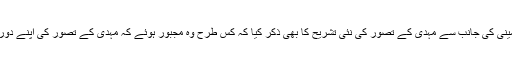
انہوں نے مولانا مودودی اور آیت اللہ خمینی کی جانب سے مہدی کے تصور کی نئی تشریح کا بھی ذکر کیا کہ کس طرح وہ مجبور ہوئے کہ مہدی کے تصور کی اپنے دور کے مطابق غلط یا صحیح تشریح کریں۔